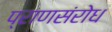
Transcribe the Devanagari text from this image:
प्राणसंरोध